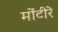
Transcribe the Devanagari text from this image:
मोंटीरे